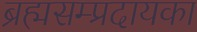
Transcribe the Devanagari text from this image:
ब्रह्मसम्प्रदायका